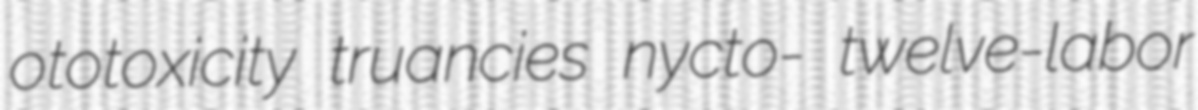
ototoxicity truancies nycto- twelve-labor